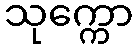
သုက္ကော